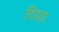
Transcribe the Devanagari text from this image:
दियाा